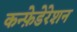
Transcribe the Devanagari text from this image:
कन्फ़ेडेरेशन